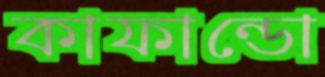
কাফান্ডো